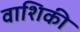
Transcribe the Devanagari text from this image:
वाशिकी